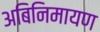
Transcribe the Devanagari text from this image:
अबिनिमायण